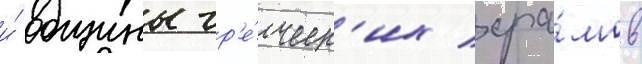
и́ общины гр'е́ческ'их хра́мов